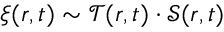
\xi ( r , t ) \sim \mathcal { T } ( r , t ) \cdot \mathcal { S } ( r , t )